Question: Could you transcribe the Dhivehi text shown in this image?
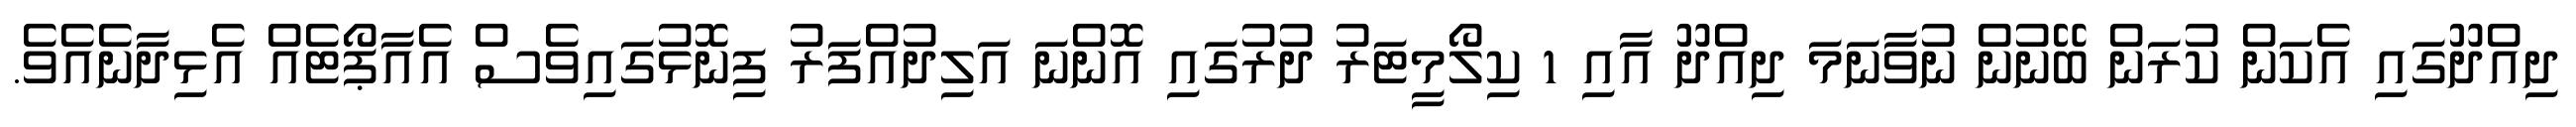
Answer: ދިއްދޫގައި އެކަން ކުރަން ބޭނުން ނުވާނަމަ ދިއްދޫ އާއި 1 ކިލޯމީޓަރު ދުރުގައި އޮންނަ އަލިދުއްފަރު ފިނޮޅުގައިވެސް އެއާޕޯޓެއް އެޅިދާނެއެވެ.